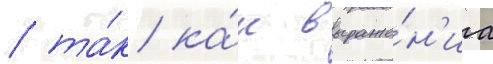
/ та́к ка́к выраже́н'иа